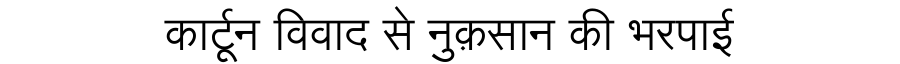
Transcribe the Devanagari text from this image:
कार्टून विवाद से नुक़सान की भरपाई